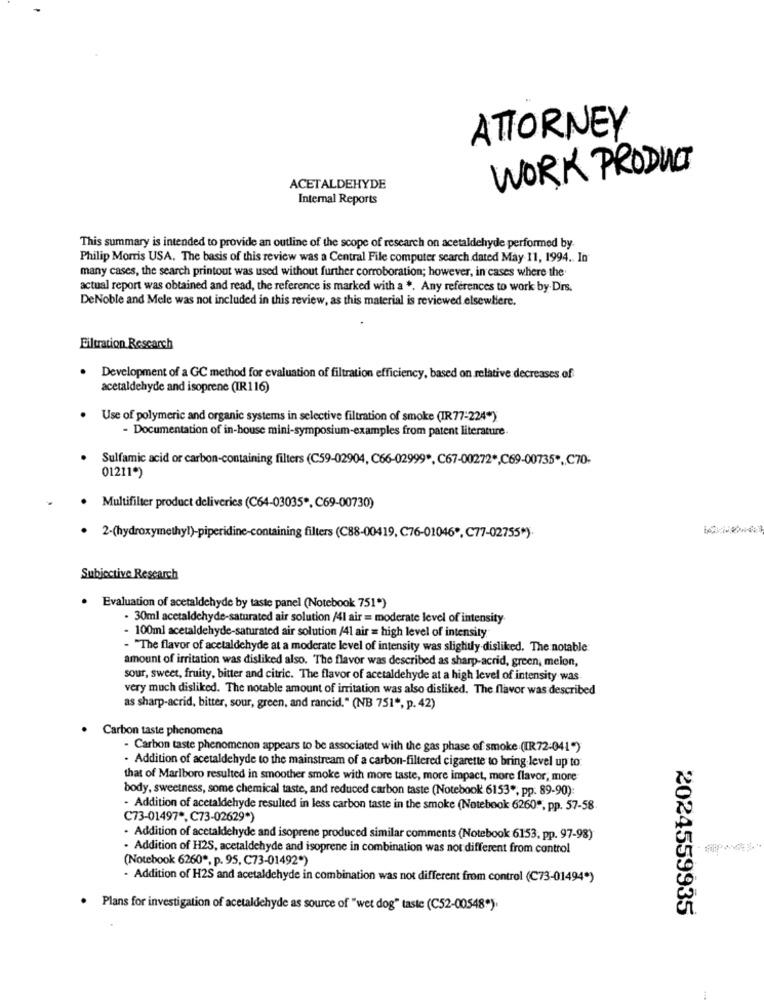
ATTORNEY
WORK PRODUCT
ACETALDEHYDE
Internal Reports
This summary is intended to provide an outline of the scope of research on acetaldehyde performed by.
Philip Morris USA. The basis of this review was a Central File computer search dated May 11, 1994. In
many cases, the search printout was used without further corroboration; however, in cases where the
actual report was obtained and read, the reference is marked with a *. Any references to work by. Drs.
DeNoble and Mele was not included in this review, as this material is reviewed elsewhere.
Filtration Research
Development of a GC method for evaluation of filtration efficiency, based on relative decreases of
acetaldehyde and isoprene (IR116)
Use of polymeric and organic systems in selective filtration of smoke (IR 77-224)
- Documentation of in-house mini-symposium-examples from patent literature.
Sulfamic acid or carbon-containing filters (C59-02904, C66-02999 *, C67-00272 *, C69-00735 *. C70-
01211*)
Multifilter product deliveries (C64-03035", C69-00730)
2-(hydroxymethyl)-piperidine-containing filters (C88-00419, C76-01046 *, C77-02755*).
Subjective Research
Evaluation of acetaldehyde by taste panel (Notebook 751")
- 30ml acetaldehyde-saturated air solution /41 air = moderate level of intensity.
- 100ml acetaldehyde-saturated air solution /41 air = high level of intensity.
- "The flavor of acetaldehyde at a moderate level of intensity was slightly disliked. The notable
amount of irritation was disliked also. The flavor was described as sharp-acrid, green, melon,
sour, sweet, fruity, bitter and citric. The flavor of acetaldehyde at a high level of intensity was
very much disliked. The notable amount of irritation was also disliked. The flavor was described
as sharp-acrid, bitter, sour, green, and rancid." (NB 751", p. 42)
Carbon taste phenomena
- Carbon taste phenomenon appears to be associated with the gas phase of smoke (IR72-041 ")
· Addition of acetaldehyde to the mainstream of a carbon-filtered cigarette to bring level up to.
that of Marlboro resulted in smoother smoke with more taste, more impact, more flavor, more
body, sweetness, some chemical taste, and reduced carbon taste (Notebook 6153 *, pp. 89-90):
- Addition of acetaldehyde resulted in less carbon taste in the smoke (Notebook 6260", pp. 57-58
C73-01497 *, C73-02629*)
· Addition of acetaldehyde and isoprene produced similar comments (Notebook 6153, pp. 97-98)
· Addition of H2S, acetaldehyde and isoprene in combination was not different from control
(Notebook 6260 *. p. 95, C73-01492*)
- Addition of H2S and acetaldehyde in combination was not different from control (C73-01494*)
Plans for investigation of acetaldehyde as source of "wet dog" taste (C52-00548").
2024559935